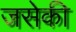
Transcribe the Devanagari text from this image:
जसेकी